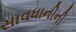
સાવધાનીની